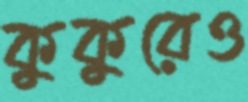
কুকুরেও